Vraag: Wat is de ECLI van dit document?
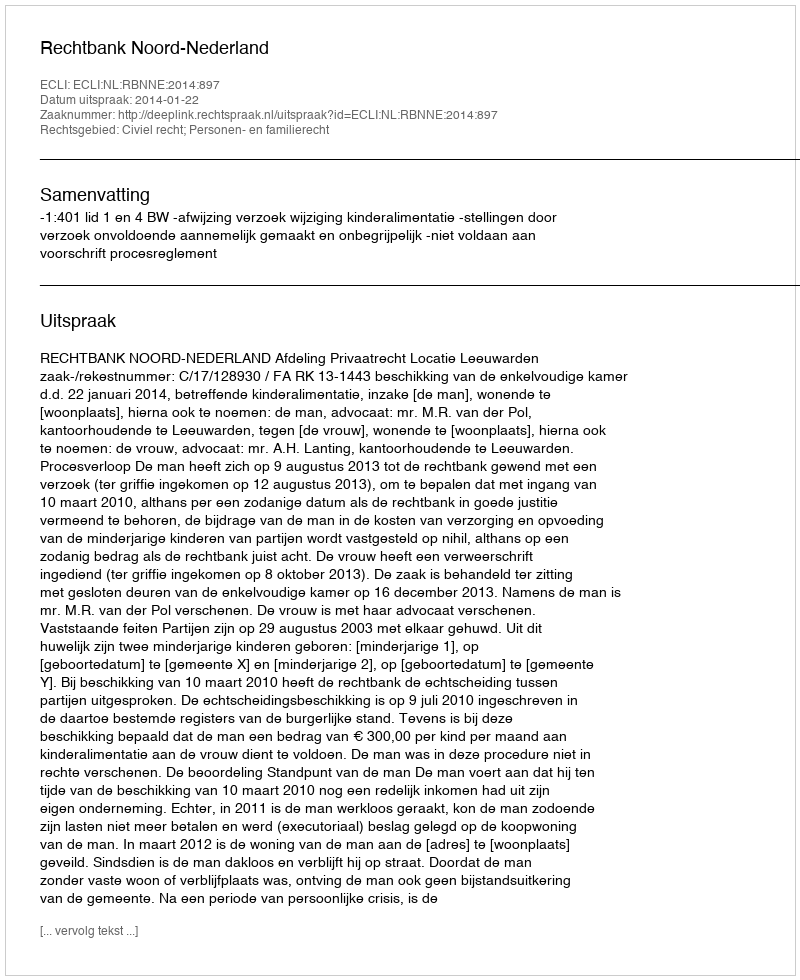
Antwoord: ECLI:NL:RBNNE:2014:897